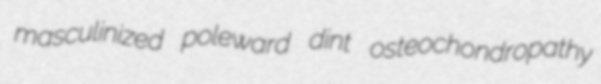
masculinized poleward dint osteochondropathy